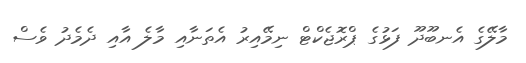
މާލޭގެ އެނބޫދޫ ފަޅުގެ ޕްރޮޖެކްޓް ނިމޭއިރު އެތަނާއި މާލެ އާއި ދެމެދު ވެސް